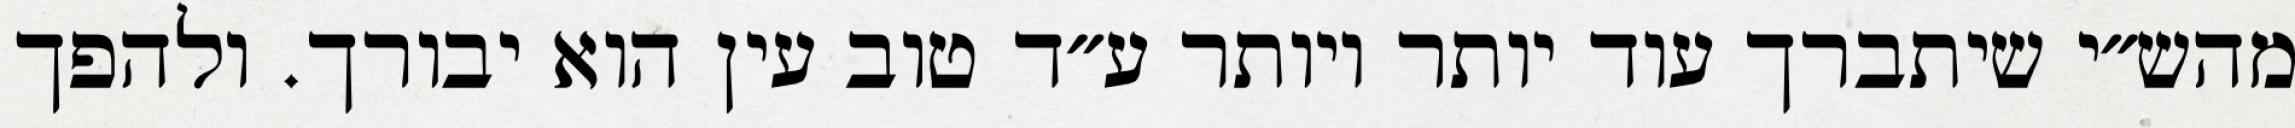
מהש״י שיתברך עוד יותר ויותר ע״ד טוב עין הוא יבורך. ולהפך